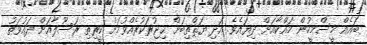
ބައެއް މީސްމީހުން މައްކާއަށް ދިޔައެވެ. އަދި ޔަޘްތިބަށް ޙިޖުރަކުރެއްވުމަށް ކީރިތި ރަސޫލާއަށް ދައުވަތު